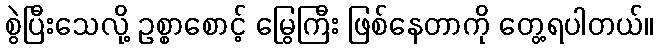
စွဲပြီးသေလို့ ဥစ္စာစောင့် မြွေကြီး ဖြစ်နေတာကို တွေ့ရပါတယ်။